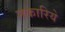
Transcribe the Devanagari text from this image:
नकारिये